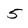
Character: 5